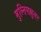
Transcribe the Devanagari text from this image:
मुल्तिसल्लुलर